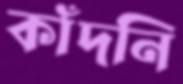
কাঁদনি